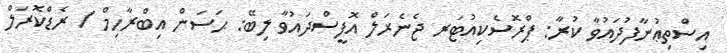
އިސްތިޢުނާފުދައުވާ ކުރާ: ޕްރޮސެކިއުޓަރ ޖެނެރަލް އޮފީސްދައުވާ ލިބޭ: ޙަސަން އިބްރާހިމް / ރެޑްކޮރަލް